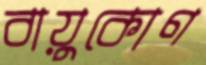
বায়ুকোণ